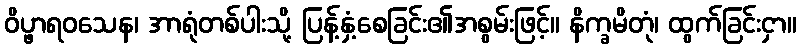
ဝိပ္ဖာရဝသေန၊ အာရုံတစ်ပါးသို့ ပြန့်နှံ့စေခြင်း၏အစွမ်းဖြင့်။ နိက္ခမိတုံ၊ ထွက်ခြင်းငှာ။